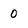
Character: 0